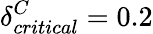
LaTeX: \delta_{critical}^{C}=0.2